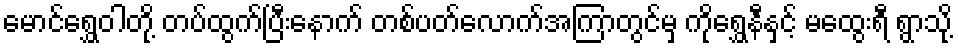
မောင်ရွှေဝါတို့ တပ်ထွက်ပြီးနောက် တစ်ပတ်လောက်အကြာတွင်မှ ကိုရွှေနီနှင့် မထွေးရီ ရွာသို့